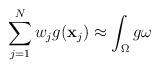
LaTeX: \begin{align*}\sum\limits_{j=1}^Nw_jg(\mathbf{x}_j)\approx\int_{\Omega}g\omega\end{align*}